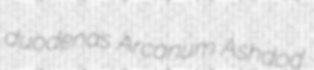
duodenas Arcanum Ashdod